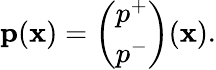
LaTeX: \begin{array}{r}{{\mathbf p}({\mathbf x})=\left(\begin{array}{l}{p^{+}}\\ {p^{-}}\end{array}\right)({\mathbf x}).}\end{array}